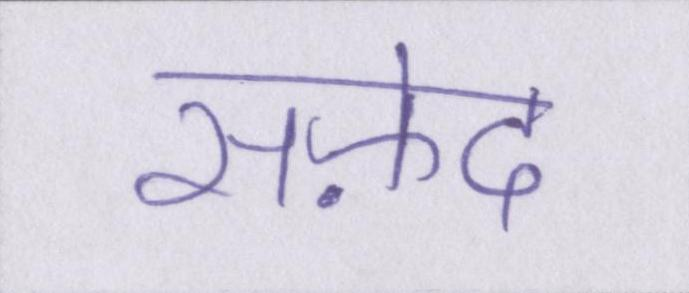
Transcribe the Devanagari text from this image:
सफ़ेद